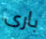
بارى